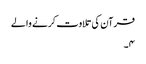
قرآن کی تلاوت کرنے والے
۴۔